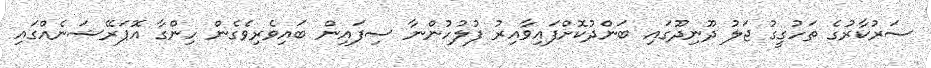
ސަރުކާރުގެ ތަހުގީގު ޖަލު ދޫނިދޫގައި ބަންދުކޮށްފައިވާއިރު ފުލުހުންނާ ސިފައިން ބައިވެރިވެގެން ހިންގާ އޮޕަރޭޝަނެއްގައި